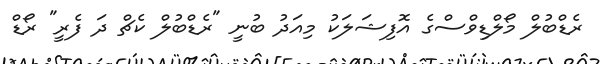
ރެޑްބުލް މޯލްޑިވްސްގެ އޮފިޝަލަކު މިއަދު ބުނީ "ރެޑްބުލް ކެޗް ދަ ފެރީ" ރޯޑް